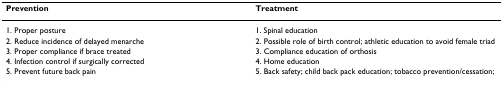
| Prevention | Treatment |
 | --- | --- |
 | 1. Proper posture | 1. Spinal education |
 | 2. Reduce incidence of delayed menarche | 2. Possible role of birth control; athletic education to avoid female triad |
 | 3. Proper compliance if brace treated | 3. Compliance education of orthosis |
 | 4. Infection control if surgically corrected | 4. Home education |
 | 5. Prevent future back pain | 5. Back safety; child back pack education; tobacco prevention/cessation; |